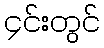
၄င်းတွင်